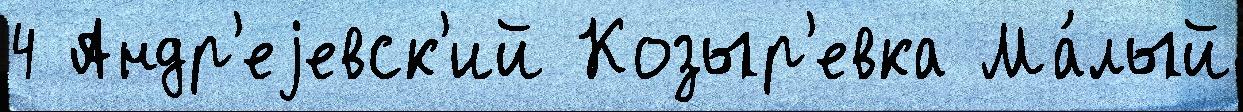
4 Андр'еjевск'ий Козыр'евка Ма́лый